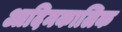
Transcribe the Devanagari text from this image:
आदिमकालिक